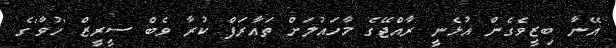
އޭނާ ބިޒީވެގެން އުޅެނީ ރާއްޖޭގެ މާހައުލަށް ތައާރަފް ކުރާ ވެބް ސީރީޒް 'ހުވާ'ގެ